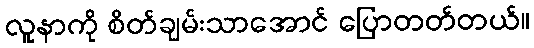
လူနာကို စိတ်ချမ်းသာအောင် ပြောတတ်တယ်။